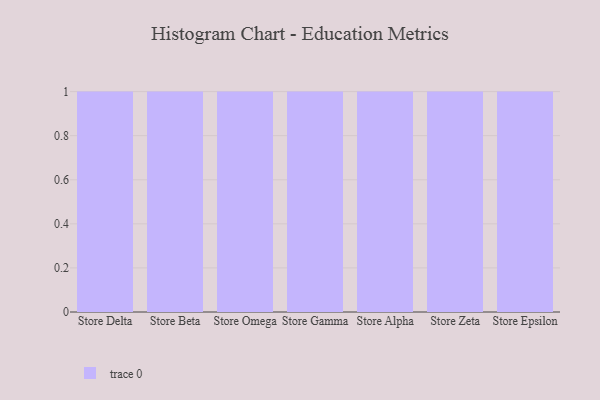
{"axis": {"x": "Store", "y": "Shipments"}, "legend": [""], "data": [{"x": "Store Delta", "y": 99, "type": ""}, {"x": "Store Beta", "y": 58, "type": ""}, {"x": "Store Omega", "y": 66, "type": ""}, {"x": "Store Gamma", "y": 43, "type": ""}, {"x": "Store Alpha", "y": 35, "type": ""}, {"x": "Store Zeta", "y": 38, "type": ""}, {"x": "Store Epsilon", "y": 56, "type": ""}]}